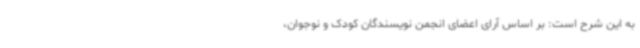
به این شرح است: بر اساس آرای اعضای انجمن نویسندگان کودک و نوجوان،